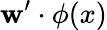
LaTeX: \mathbf{w}^{\prime}\cdot\phi(x)